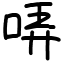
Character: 哢